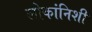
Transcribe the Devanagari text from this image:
लोकांनिशी